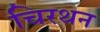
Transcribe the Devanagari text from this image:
चिरथन